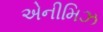
એનીમિઝ